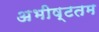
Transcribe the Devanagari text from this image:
अभीष्टतम